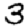
Digit: 3